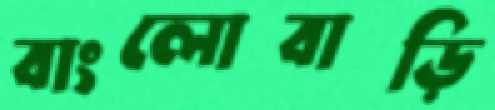
বাংলোবাড়ি